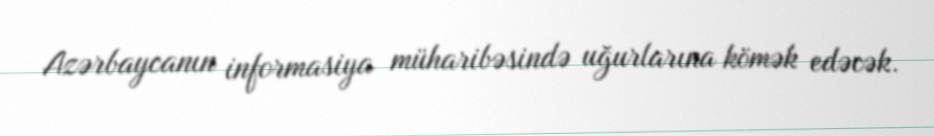
Azərbaycanın informasiya müharibəsində uğurlarına kömək edəcək.